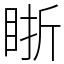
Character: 䀿